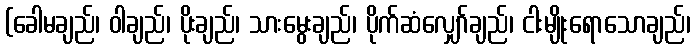
(ခေါမချည်၊ ဝါချည်၊ ပိုးချည်၊ သားမွေးချည်၊ ပိုက်ဆံလျှော်ချည်၊ ငါးမျိုးရောသောချည်၊